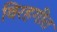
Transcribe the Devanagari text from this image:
विरहगीत